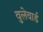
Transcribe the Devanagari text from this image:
वुलेवार्ड